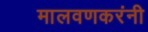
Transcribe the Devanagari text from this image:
मालवणकरंनी